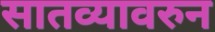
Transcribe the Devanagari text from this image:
सातव्यावरुन